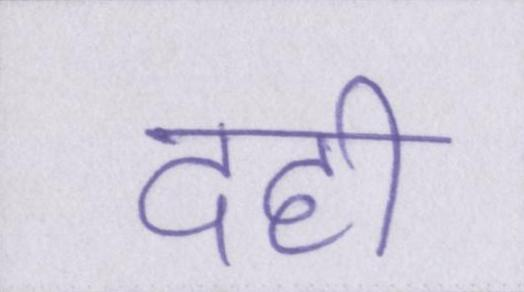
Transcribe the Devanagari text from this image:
दही